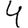
Digit: 4